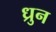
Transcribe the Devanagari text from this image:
ध्रुन